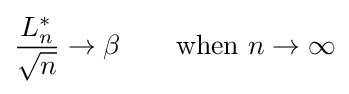
{\frac {L_{n}^{*}}{\sqrt {n}}}\rightarrow \beta \qquad {\text{when }}n\to \infty